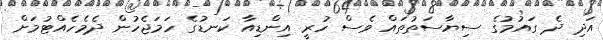
އަދި ދެ ގައުމުގެ ސިޔާސަތުތައް ވެސް ހުރީ އިންޑިއާ ކަނޑުގެ ހަމަޖެހުން ދެމެހެއްޓުމަށް